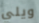
ويلي